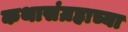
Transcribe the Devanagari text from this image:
कथासंग्रहाच्या